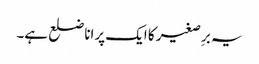
یہ برِصغیر کا ایک پرانا ضلع ہے۔